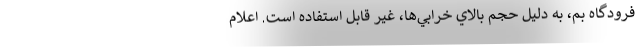
فرودگاه بم، به دليل حجم بالاي خرابي‌ها، غير قابل استفاده است. اعلام